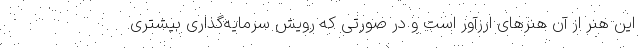
این هنر از آن هنرهای ارزآور است و در صورتی که رویش سرمایه‌گذاری بیشتری